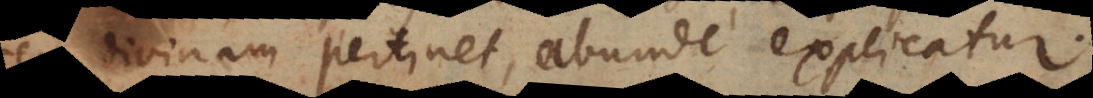
divinam pertinet, abunde explicatur